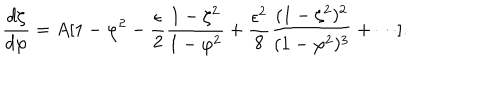
LaTeX: { \frac { d \zeta } { d \varphi } } = A [ 1 - \varphi ^ { 2 } - { \frac { \epsilon } { 2 } } { \frac { 1 - \zeta ^ { 2 } } { 1 - \varphi ^ { 2 } } } + { \frac { \epsilon ^ { 2 } } { 8 } } { \frac { ( 1 - \zeta ^ { 2 } ) ^ { 2 } } { ( 1 - \varphi ^ { 2 } ) ^ { 3 } } } + \cdots ] .